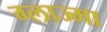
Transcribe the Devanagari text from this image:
ग्लाज्मा